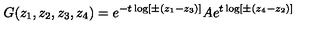
G ( z _ { 1 } , z _ { 2 } , z _ { 3 } , z _ { 4 } ) = e ^ { - t \log [ \pm ( z _ { 1 } - z _ { 3 } ) ] } A e ^ { t \log [ \pm ( z _ { 4 } - z _ { 2 } ) ] }